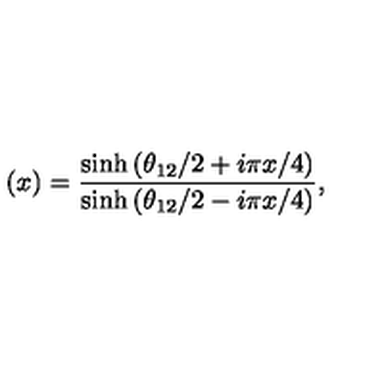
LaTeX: ( x ) = \frac { \sinh \left( \theta _ { 1 2 } / 2 + i \pi x / 4 \right) } { \sinh \left( \theta _ { 1 2 } / 2 - i \pi x / 4 \right) } , \nonumber